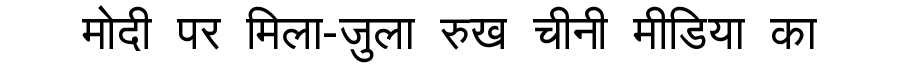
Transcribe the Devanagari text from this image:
मोदी पर मिला-जुला रुख चीनी मीडिया का